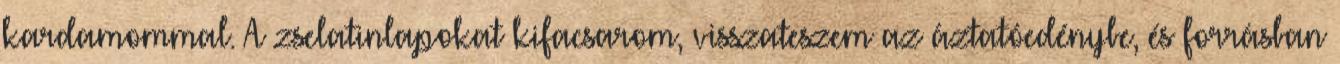
kardamommal. A zselatinlapokat kifacsarom, visszateszem az áztatóedénybe, és forrásban